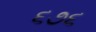
૬૭૬